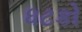
ધટકો